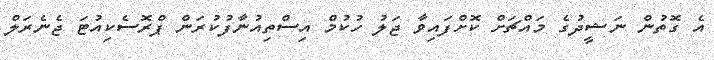
އެ ގޮތުން ނަޝީދުގެ މައްޗަށް ކޮށްފައިވާ ޖަލު ހުކުމް އިސްތިއުނާފުކުރަން ޕްރޮސެކިއުޓަ ޖެނެރަލް